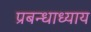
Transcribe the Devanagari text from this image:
प्रबन्धाध्याय